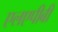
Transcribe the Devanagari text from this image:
एलएपीबी